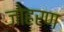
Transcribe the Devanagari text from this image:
जोहरण